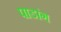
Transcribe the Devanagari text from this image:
पाडांग